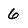
Character: 6